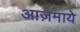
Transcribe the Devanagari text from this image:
आज़माये